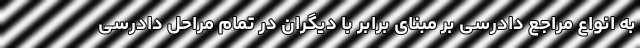
به انواع مراجع دادرسی بر مبنای برابر با دیگران در تمام مراحل دادرسی